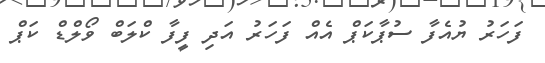
ފަހަރު ޔުއެފާ ސުޕާކަޕް އެއް ފަހަރު އަދި ފީފާ ކްލަބް ވޯލްޑް ކަޕް